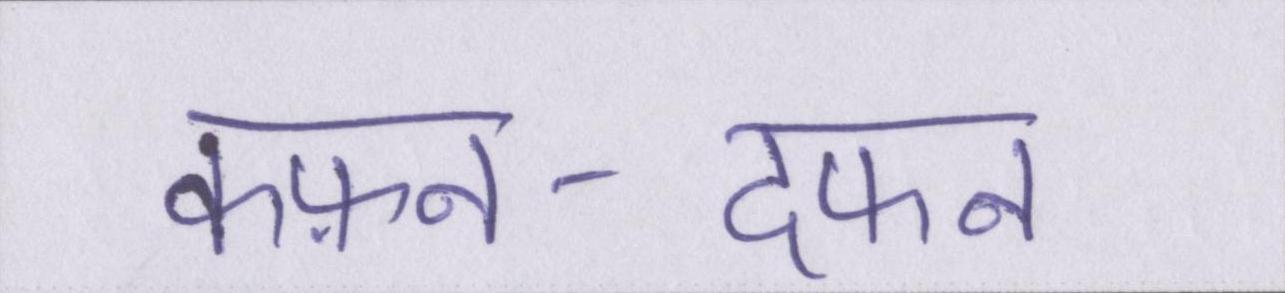
कफ़न-दफन